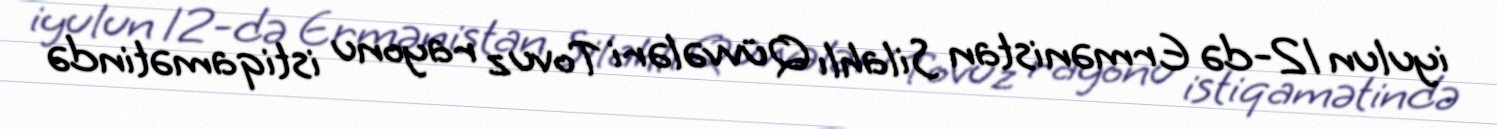
iyulun 12-də Ermənistan Silahlı Qüvvələri Tovuz rayonu istiqamətində